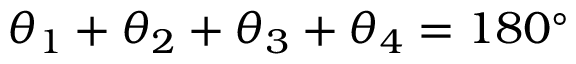
\theta _ { 1 } + \theta _ { 2 } + \theta _ { 3 } + \theta _ { 4 } = 1 8 0 ^ { \circ }